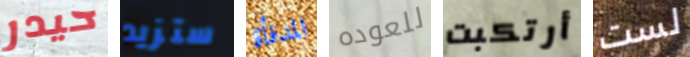
حيدر ستزيد المدفأة للعوده أرتكبت لست